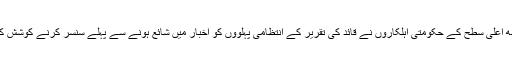
کچھ اعلیٰ سطح کے حکومتی اہلکاروں نے قائد کی تقریر کے انتظامی پہلوؤں کو اخبار میں شائع ہونے سے پہلے سنسر کرنے کوشش کی۔